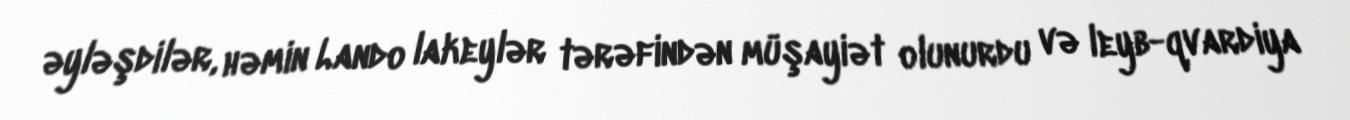
əyləşdilər, həmin Lando lakeylər tərəfindən müşayiət olunurdu və leyb-qvardiya